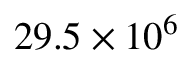
2 9 . 5 \times 1 0 ^ { 6 }